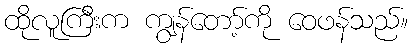
ထိုလူကြီးက ကျွန်တော့်ကို ဝေဖန်သည်။